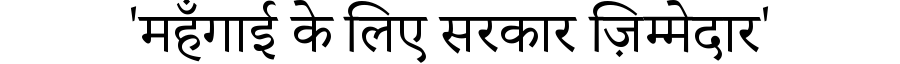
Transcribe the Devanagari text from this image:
'महँगाई के लिए सरकार ज़िम्मेदार'